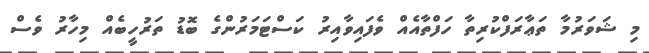
މި ޝަވަރުމާ ތަޢާރަފްކުރިތާ ހަފްތާއެއް ވެފައިވާއިރު ކަސްޓަމަރުންގެ ބޮޑު ތަރުހީބެއް މިހާރު ވެސް